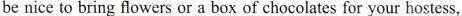
be nice to bring flowers or a box of chocolates for your hostess,